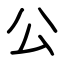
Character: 公